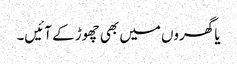
یا گھروں میں بھی چھوڑ کے آئیں۔